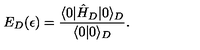
E _ { D } ( \epsilon ) = { \frac { \langle 0 | \hat { H } _ { D } | 0 \rangle _ { D } } { \langle 0 | 0 \rangle _ { D } } } .